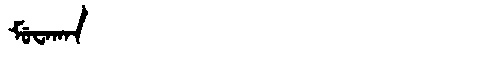
Manchu: ᠮᡠᠸᠠᡴᠠᠨ
Romanization: MUWAKAN